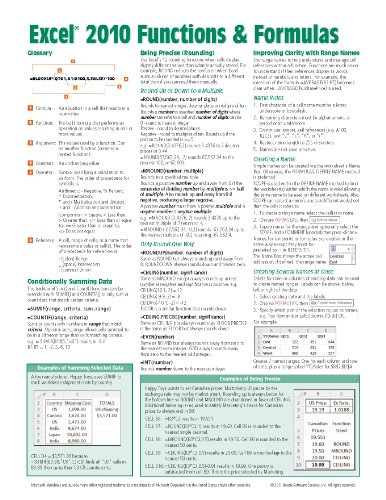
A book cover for Microsoft Excel 2010 Functions & Formulas Quick Reference Guide (4-page Cheat Sheet focusing on examples and context for intermediate-to-advanced functions and formulas- Laminated Guide); Beezix Inc.; Computers & Technology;